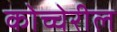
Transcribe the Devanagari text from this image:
कोच्चेरील